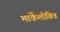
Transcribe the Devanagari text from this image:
मार्केलोविच